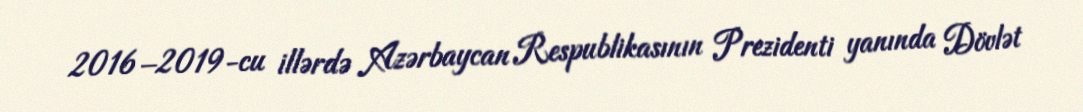
2016–2019-cu illərdə Azərbaycan Respublikasının Prezidenti yanında Dövlət